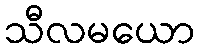
သီလမယော